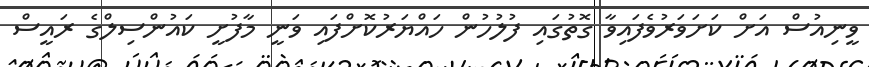
ވީނިއުސް އަށް ކަށަވަރުވެފައިވާ ގޮތުގައި ފުލުހުން ހައްޔަރުކޮށްފައި ވަނީ މާފުށީ ކައުންސިލްގެ ރައީސް